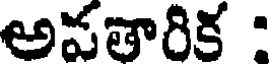
అపతారిక :